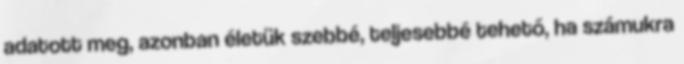
adatott meg, azonban életük szebbé, teljesebbé tehető, ha számukra